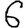
Digit: 6